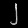
Digit: ၂